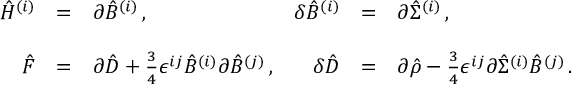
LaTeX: \begin{array} { r c l r c l } { { \hat { \cal H } ^ { ( i ) } } } & { { = } } & { { \partial \hat { \cal B } ^ { ( i ) } \, , } } & { { \delta \hat { \cal B } ^ { ( i ) } } } & { { = } } & { { \partial \hat { \Sigma } ^ { ( i ) } \, , } } \\ { { } } & { { } } & { { } } & { { } } & { { } } & { { } } \\ { { \hat { F } } } & { { = } } & { { \partial \hat { D } + { \textstyle \frac { 3 } { 4 } } \epsilon ^ { i j } \hat { \cal B } ^ { ( i ) } \partial \hat { \cal B } ^ { ( j ) } \, , } } & { { \delta \hat { D } } } & { { = } } & { { \partial \hat { \rho } - { \textstyle \frac { 3 } { 4 } } \epsilon ^ { i j } \partial \hat { \Sigma } ^ { ( i ) } \hat { \cal B } ^ { ( j ) } \, . } } \end{array}